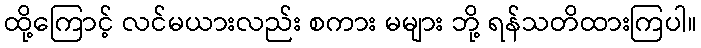
ထို့ကြောင့် လင်မယားလည်း စကား မများ ဘို့ ရန်သတိထားကြပါ။